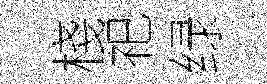
棧祀绿